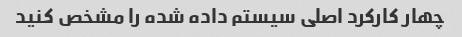
چهار کارکرد اصلی سیستم داده شده را مشخص کنید